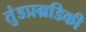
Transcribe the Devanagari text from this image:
तुंडप्रग्रडिकी